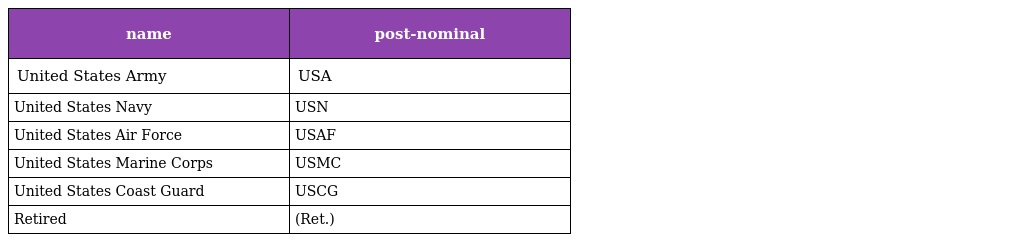
| name | post-nominal |
 | --- | --- |
 | United States Army | USA |
 | United States Navy | USN |
 | United States Air Force | USAF |
 | United States Marine Corps | USMC |
 | United States Coast Guard | USCG |
 | Retired | (Ret.) |